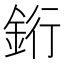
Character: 𬫑